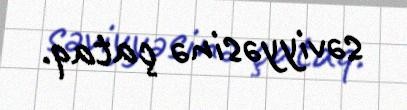
səviyyəsinə çataq.